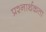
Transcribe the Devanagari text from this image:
प्रश्‍नार्थकता